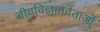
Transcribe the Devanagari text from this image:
जीवविज्ञानवेताओं